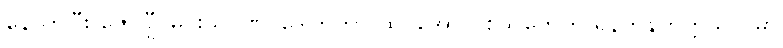
နောက်ပြီး ဇော်ဂျီ၊ မင်းသုဝဏ်၊ ဒေါက်တာ ထင်အောင် စသူတွေက ရန်ကုန်တက္ကသိုလ်မှာ